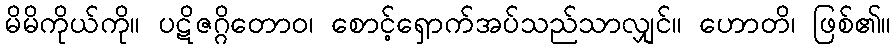
မိမိကိုယ်ကို။ ပဋိဇဂ္ဂိတောဝ၊ စောင့်ရှောက်အပ်သည်သာလျှင်။ ဟောတိ၊ ဖြစ်၏။